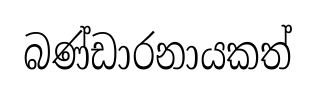
බණ්ඩාරනායකත්